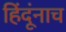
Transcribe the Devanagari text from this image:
हिंदूंनाच